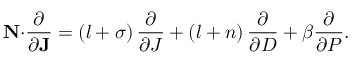
\mathbf { N \cdot } \frac { \partial } { \partial \mathbf { J } } = \left( l + \sigma \right) \frac { \partial } { \partial J } + \left( l + n \right) \frac { \partial } { \partial D } + \beta \frac { \partial } { \partial P } .